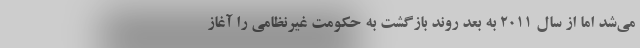
می‌شد اما از سال ۲۰۱۱ به بعد روند بازگشت به حکومت غیرنظامی را آغاز